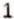
1